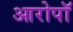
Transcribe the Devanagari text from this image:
आरोपॉ